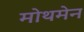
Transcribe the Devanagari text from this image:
मोथमेन